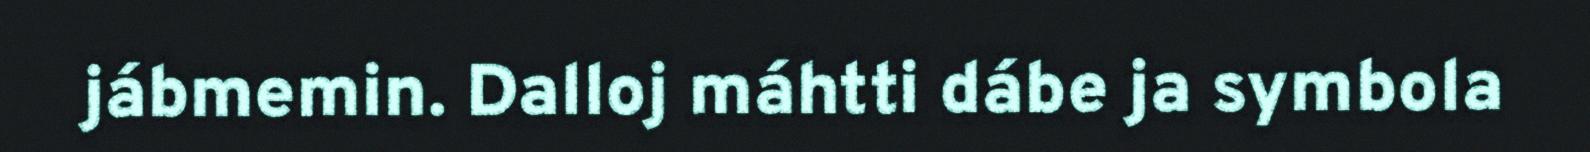
jábmemin. Dalloj máhtti dábe ja symbola